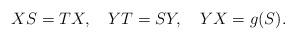
LaTeX: \begin{align*} X S=TX, \ \ \ YT= S Y, \ \ \ YX= g(S).\end{align*}